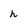
Character: h